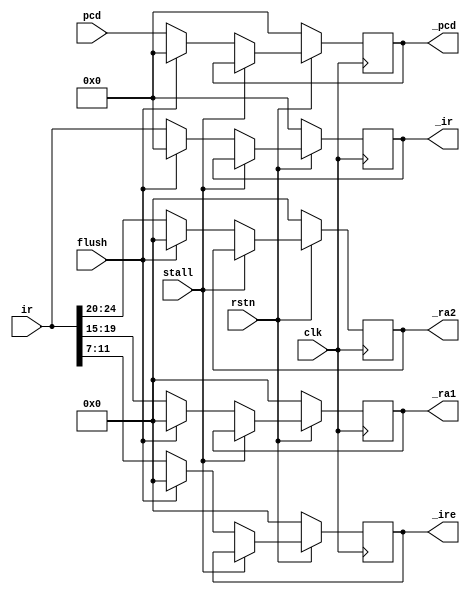
module IF_ID_reg (
    input rstn,
    input clk,
    input stall,
    input flush,
    input [31:0] pcd,
    input [31:0] ir,
    output reg [31:0] _pcd,
    output reg [4:0] _ra1, _ra2,
    output reg [31:0] _ir,
    output reg [4:0] _ire
);
always @ (posedge clk) begin
    if(!rstn) begin
        _pcd <= 0;
        _ir <= 0;
        _ra1 <= 0;
        _ra2 <= 0;
        _ire <= 0;
    end
    else begin
        if (!stall) begin
            if (flush) begin
                _pcd <= 0;
                _ir <= 0;
                _ra1 <= 0;
                _ra2 <= 0;
                _ire <= 0;
            end
            else begin
                _pcd <= pcd;
                _ir <= ir;
                _ra1 <= ir[19:15];
                _ra2 <= ir[24:20];
                _ire <= ir[11:7]; 
            end
        end
    end
end
endmodule

module ID_EX_reg (
    input rstn,
    input clk,
    input stall,
    input flush,
    input [31:0] ir,
    //EX
    input alu_src,
    input [2:0] alu_op,
    input [2:0] pc_sel,
    //M
    input w_valid, r_valid,
    //WB
    input reg_write,
    input [2:0] reg_sel,
    
    input [4:0] rs1, rs2,
    input [31:0] pce,
    input [31:0] a, b,
    input [31:0] imm,
    input [4:0] ire,
    //EX
    output reg [6:0] _EX,
    //M
    output reg _w_valid, _r_valid,
    //WB
    output reg [3:0] _WB,

    output reg [4:0] _rs1, _rs2,
    output reg [31:0] _pce,
    output reg [31:0] _a, _b,
    output reg [31:0] _imm,
    output reg [4:0] _ire,
    output reg [31:0] _ir
);
always @ (posedge clk) begin
    if (!rstn) begin
        _EX <= 0;
        _w_valid <= 0;
        _r_valid <= 0;
        _WB <= 0;
        _rs1 <= 0;
        _rs2 <= 0;
        _pce <= 0;
        _a <= 0;
        _b <= 0;
        _imm <= 0;
        _ire <= 0;
        _ir <= 0;
    end
    else begin
        if (!stall) begin
            if (flush) begin
            _EX <= 0;
            _w_valid <= 0;
            _r_valid <= 0;
            _WB <= 0;
            _rs1 <= 0;
            _rs2 <= 0;
            _pce <= 0;
            _a <= 0;
            _b <= 0;
            _imm <= 0;
            _ire <= 0;
            _ir <= 0;
            end
            else begin
            _EX <= {alu_src, alu_op, pc_sel};
            _w_valid <= w_valid;
            _r_valid <= r_valid;
            _WB <= {reg_write, reg_sel};
            _pce <= pce;
            _a <= a;
            _b <= b;
            _imm <= imm;
            _ire <= ire;
            _rs1 <= rs1;
            _rs2 <= rs2;
            _ir <= ir;
            end
        end
    end
end
endmodule

module EX_MEM_reg (
    input rstn,
    input clk,
    input stall,
    //M
    input w_valid, r_valid,
    //WB
    input [3:0] WB,

    input [31:0] pcm,
    input [31:0] y,
    input [31:0] mdw,
    input [31:0] imm,
    input [4:0] irm,
    input [31:0] ir,
    input [6:0] opcode,
    //M
    output reg _w_valid, _r_valid,
    //WB
    output reg [3:0] _WB,

    output reg [31:0] _pcm,
    output reg [31:0] _y,
    output reg [31:0] _mdw,
    output reg [4:0] _irm,
    output reg [31:0] _imm,
    output reg [31:0] _ir,
    output reg [6:0] _opcode
);
always @ (posedge clk) begin
    if (!rstn) begin
        _w_valid <= 0;
        _r_valid <= 0;
        _WB <= 0;
        _pcm <= 0;
        _y <= 0;
        _mdw <= 0;
        _irm <= 0;
        _imm <= 0;
        _ir <= 0;
        _opcode <= 0;
    end
    else if(!stall) begin
    _w_valid <= w_valid;
    _r_valid <= r_valid;
    _WB <= WB;
    _y <= y;
    _mdw <= mdw;
    _irm <= irm;
    _imm <= imm;
    _pcm <= pcm;
    _ir <= ir;
    _opcode <= opcode;
    end
end
endmodule

module MEM_WB_reg (
    input clk,
    input rstn,
    input stall,
    //WB
    input [3:0] WB,

    input [31:0] pcw,
    input [31:0] mdr,
    input [31:0] vw,
    input [4:0] irw,
    input [31:0] _imm,
    input [31:0] ir,
    input [6:0] opcode,

    output reg [31:0] _pcw,
    output reg _reg_write,
    output reg [2:0] _reg_sel,

    output reg [31:0] _mdr,
    output reg [31:0] _vw,
    output reg [4:0] _irw,
    output reg [31:0] __imm,
    output reg [31:0] _ir,
    output reg [6:0] _opcode
);
always @ (posedge clk) begin
    if(!rstn) begin
        _pcw <= 0;
        _reg_write <= 0;
        _reg_sel <= 0;
        _mdr <= 0;
        _vw <= 0;
        _irw <= 0;
        __imm <= 0;
        _ir <= 0;
        _opcode <= 0;
    end
    else if(!stall) begin
    _reg_write <= WB[3];
    _reg_sel <= WB[2:0];
    _mdr <= mdr;
    _vw <= vw;
    _irw <= irw;
    __imm <= _imm;
    _pcw <= pcw;
    _ir <= ir;
    _opcode <= opcode;
    end
end
endmodule